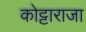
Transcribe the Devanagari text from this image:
कोट्टाराजा